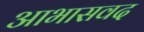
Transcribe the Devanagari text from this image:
आभासवद